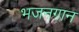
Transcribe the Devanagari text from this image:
भजनगान